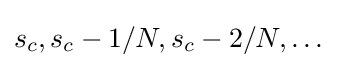
s_{c},s_{c}-1/N,s_{c}-2/N,\dots